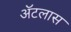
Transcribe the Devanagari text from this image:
अॅटलास